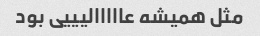
مثل همیشه عااااالیییی بود